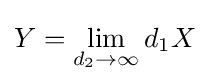
Y=\lim _{d_{2}\to \infty }d_{1}X